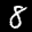
Label: 8